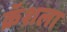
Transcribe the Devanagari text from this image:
क्रॅशला